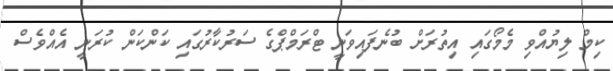
ކިމް ލިޔުއްވި މެމޯގައި އިތުރަށް ބުނެފައިވަނީ ޓްރަމްޕްގެ ސަރުކާރުގައި ކަންކަން ކުރަނީ އެއްވެސް